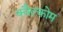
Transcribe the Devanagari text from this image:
क्वैल्कोम